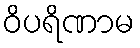
ဝိပရိဏာမ